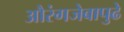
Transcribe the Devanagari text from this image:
औरंगजेबापुढे